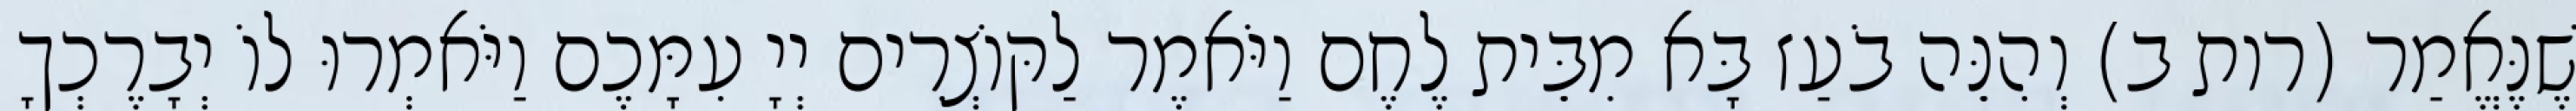
שֶׁנֶּאֱמַר (רות ב) וְהִנֵּה בֹעַז בָּא מִבֵּית לֶחֶם וַיֹּאמֶר לַקּוֹצְרִים יְיָ עִמָּכֶם וַיֹּאמְרוּ לוֹ יְבָרֶכְךָ